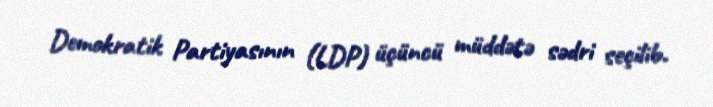
Demokratik Partiyasının (LDP) üçüncü müddətə sədri seçilib.